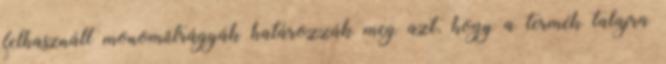
felhasznált monoműtrágyák határozzák meg azt, hogy a termék talajra